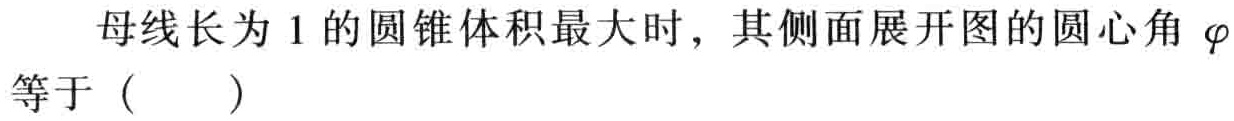
母线长为\(1\)的圆锥体积最大时，其侧面展开图的圆心角\(\varphi\)等于（  ）